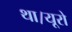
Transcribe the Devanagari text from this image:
था।यूरो